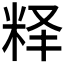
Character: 𬖘